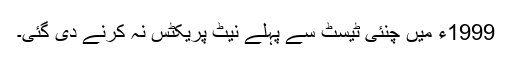
1999ء میں چنئی ٹیسٹ سے پہلے نیٹ پریکٹس نہ کرنے دی گئی۔